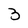
Character: 3